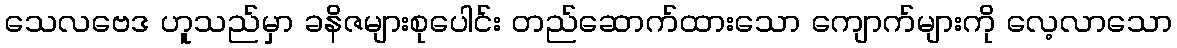
သေလဗေဒ ဟူသည်မှာ ခနိဇများစုပေါင်း တည်ဆောက်ထားသော ကျောက်များကို လေ့လာသော